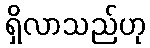
ရှိလာသည်ဟု